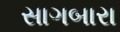
સાગબારા